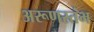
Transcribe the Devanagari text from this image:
अरूणस्तंभ